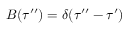
B ( \tau ^ { \prime \prime } ) = \delta ( \tau ^ { \prime \prime } - \tau ^ { \prime } )